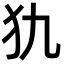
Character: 犰